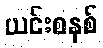
ယင်းစနစ်